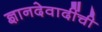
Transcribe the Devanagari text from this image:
ज्ञानदेवादींची